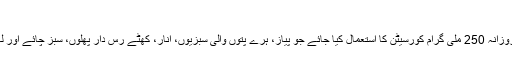
فوٹو: فائل
ماہرین کا مشورہ ہے کہ روزانہ 250 ملی گرام کورسیٹن کا استعمال کیا جائے جو پیاز، ہرے پتوں والی سبزیوں، انار، کھٹے رس دار پھلوں، سبز چائے اور لہسن میں بھی پایا جاتا ہے۔